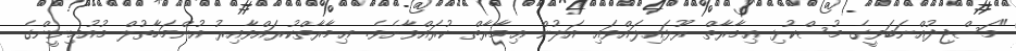
"މަސްޖިދުއްނަބަވީގެ މުސްކުޅި ޢިމާރާތް ރޫޅައިލައްވައި އަލުން ޢިމާރާތް ކުރައްވާށެވެ. ޢިމާރާތްކުރައްވާއިރު އުންމަހާތުލް މުއުމިނީންގެ